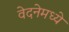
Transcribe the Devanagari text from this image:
वेदनेमध्ये